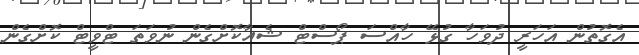
އެގޮތުން އަހަރީ ދުވަހާ ގުޅޭ ހާއްސަ ޕޯސްޓް ޝެއާކޮށްގެން ނުވަތަ ޓްވީޓް ކޮށްގެން